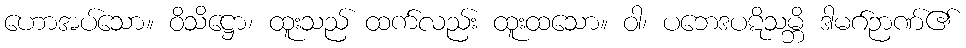
ဟောအပ်သော။ ဝိသိဋ္ဌော၊ ထူးသည် ထက်လည်း ထူးထသော။ ဝါ၊ ပဘေဒပဋိသမ္ဘိ ဒါမဂ်ဉာဏ်၏